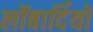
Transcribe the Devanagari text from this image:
लोंबार्दियों